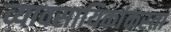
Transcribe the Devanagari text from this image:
व्यावसायिकांकरता